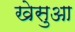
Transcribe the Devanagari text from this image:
खेसुआ